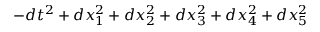
- d t ^ { 2 } + d x _ { 1 } ^ { 2 } + d x _ { 2 } ^ { 2 } + d x _ { 3 } ^ { 2 } + d x _ { 4 } ^ { 2 } + d x _ { 5 } ^ { 2 }